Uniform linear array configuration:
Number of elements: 4
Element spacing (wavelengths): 0.75
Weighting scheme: binomial
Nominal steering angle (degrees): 15
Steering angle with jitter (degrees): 15.096
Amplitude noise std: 0.05
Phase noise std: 0.05

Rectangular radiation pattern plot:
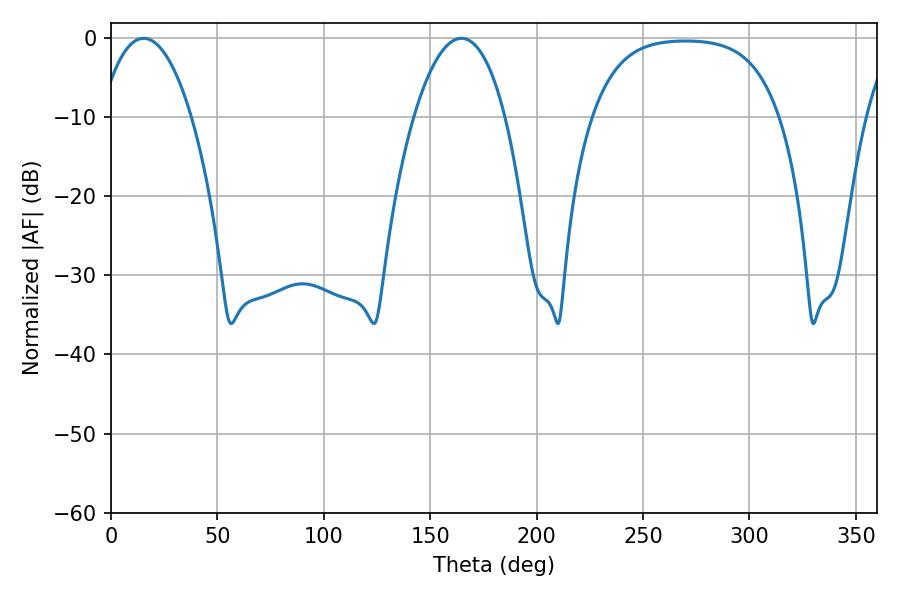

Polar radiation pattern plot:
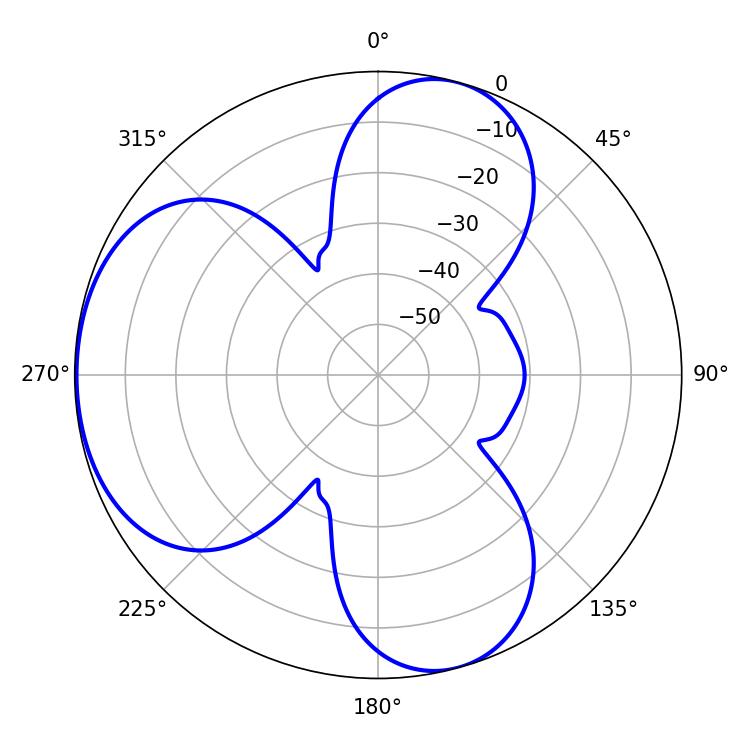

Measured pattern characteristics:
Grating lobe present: TRUE
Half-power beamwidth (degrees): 23.76
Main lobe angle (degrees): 15.3